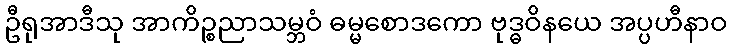
ဦရုအာဒီသု အာကိဉ္စညာသမ္ဘဝံ ဓမ္မစောဒကော ဗုဒ္ဓဝိနယေ အပ္ပဟီနာဝ